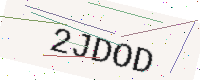
Text: 2JDOD